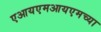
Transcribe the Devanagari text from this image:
एआयएमआयएमच्या